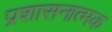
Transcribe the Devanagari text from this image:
प्रशासनात्मक